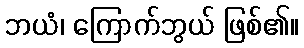
ဘယံ၊ ကြောက်ဘွယ် ဖြစ်၏။